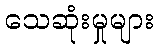
သေဆုံးမှုများ